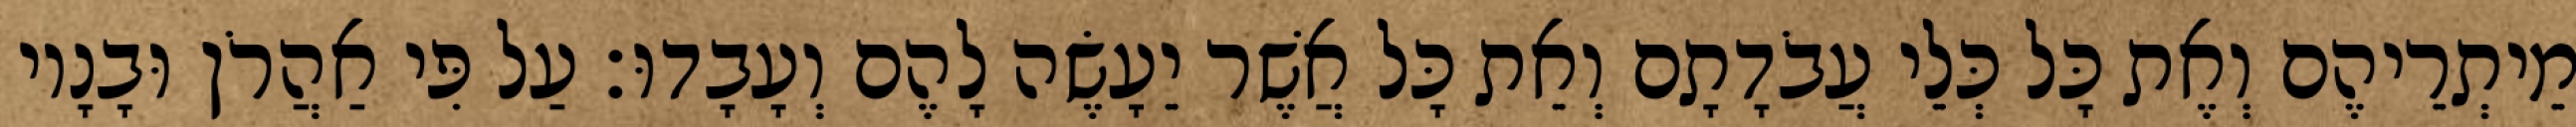
מֵיתְרֵיהֶם וְאֶת כָּל כְּלֵי עֲבֹדָתָם וְאֵת כָּל אֲשֶׁר יֵעָשֶׂה לָהֶם וְעָבָדוּ׃ עַל פִּי אַהֲרֹן וּבָנָיו